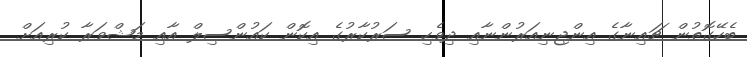
ބެހޭގޮތުން ޗައިނާގެ އިންޖިނިއަރުންނާއި ދިވެހި ސަރުކާރުގެ އިކޮން ކައުންސިލް އާއި މަޝްވަރާ ކުރިއަށް